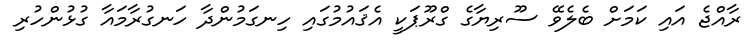
ރާއްޖެ އައި ކަމަށް ބެލެވޭ ސޫރިޔާގެ ގްރޫޕަކީ އެޤައުމުގައި ހިނގަމުންދާ ހަނގުރާމައާ ގުޅުންހުރި